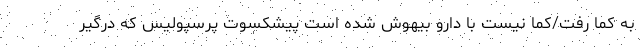
به کما رفت/کما نیست با دارو بیهوش شده است پیشکسوت پرسپولیس که درگیر